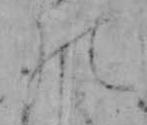
の